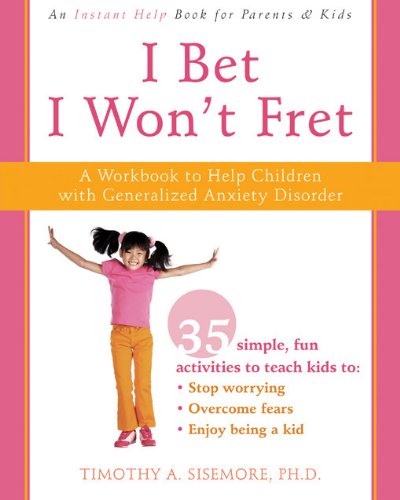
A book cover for I Bet I Won't Fret: A Workbook to Help Children with Generalized Anxiety Disorder; Timothy Sisemore PhD; Health, Fitness & Dieting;